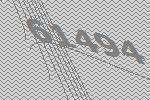
61494